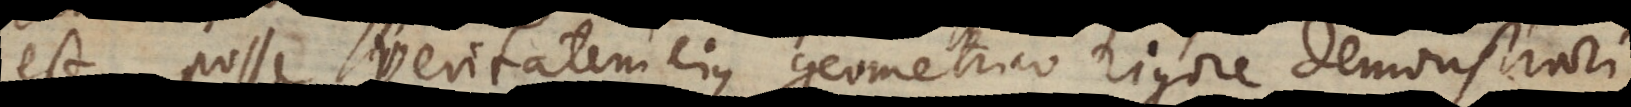
est, posse veritatem ejus geometrico rigore demonstrari